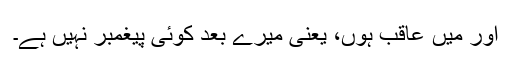
اور میں عاقب ہوں، یعنی میرے بعد کوئی پیغمبر نہیں ہے۔